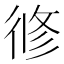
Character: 𢔜